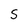
Character: S